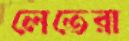
লেতেরা